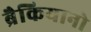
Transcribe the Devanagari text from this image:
ब्रैकियानो